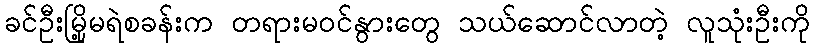
ခင်ဦးမြို့မရဲစခန်းက တရားမဝင်နွားတွေ သယ်ဆောင်လာတဲ့ လူသုံးဦးကို